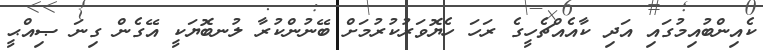
ކެއިންބުއިމުގައި އަދި ކާއެއްޗެހީގެ ރަހަ ހެޔޮވަރުކުރުމަށް ބޭނުންކުރާ ލުނބޮޔަކީ އޭގެން ގިނަ ޞިއްޙީ